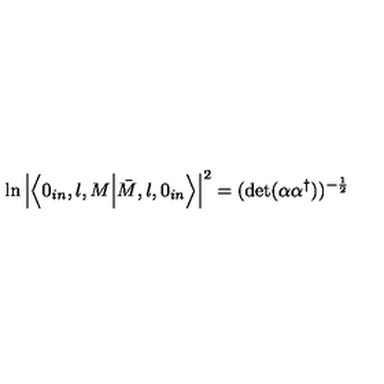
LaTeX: \ln \left| \left\langle 0 _ { i n } , l , M \Bigl | \bar { M } , l , 0 _ { i n } \right\rangle \right| ^ { 2 } = ( \mathrm { d e t } ( \alpha \alpha ^ { \dagger } ) ) ^ { - \frac { 1 } { 2 } }